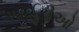
આઈટીઓ